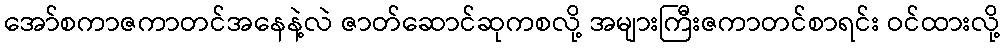
အော်စကာဇကာတင်အနေနဲ့လဲ ဇာတ်ဆောင်ဆုကစလို့ အများကြီးဇကာတင်စာရင်း ဝင်ထားလို့